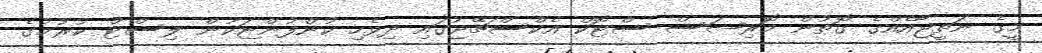
މީގެ ނަތީޖާއެއްގެ ގޮތުން މޮރިޝަސް ސްޓޮކް އެކްސްޗޭޖުގައި ދިވެހި ކުންފުންޏަކުން ލިސްޓް ކުރުމުގެ